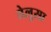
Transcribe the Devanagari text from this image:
तेलुसा